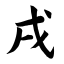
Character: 戌